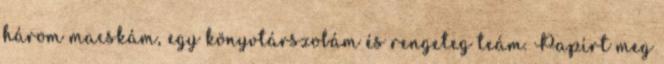
három macskám, egy könyvtárszobám és rengeteg teám. Papírt meg